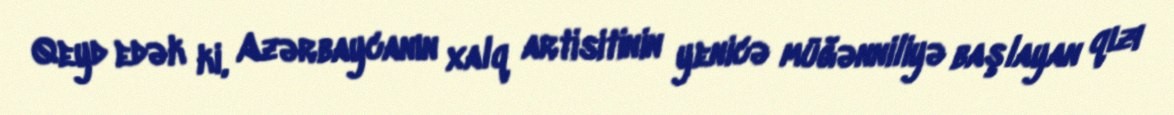
Qeyd edək ki, Azərbaycanın xalq artisitinin yenicə müğənniliyə başlayan qızı